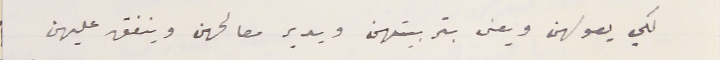
لكي يعولهن ويعنى بتربيتهن ويدير مصالحهن وينفق عليهن